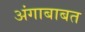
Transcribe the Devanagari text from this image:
अंगाबाबत